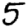
Digit: 5